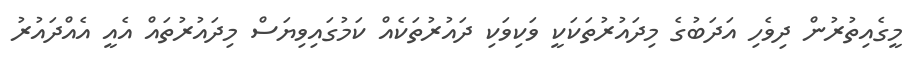
މީގެއިތުރުން ދިވެހި އަދަބުގެ މިދައުރުތަކަކީ ވަކިވަކި ދައުރުތަކެއް ކަމުގައިވިޔަސް މިދައުރުތައް އެއީ އެއްދައުރު